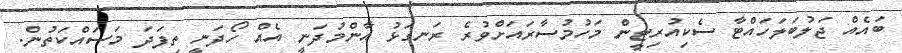
ބައެއް ޖަލުބަލަހައްޓާ ސެކިއުރިޓީން މަހުމުސާރައަށްވުރެ ރަނގަޅު އާންމުދަނީ އެއް ހޯދަނީ ތިފަދަ މަސައްކަތުން.